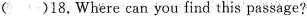
( )18,Where can you find this passage?